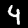
Digit: 4